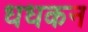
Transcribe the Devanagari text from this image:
धधकन